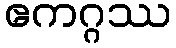
ဧကဂ္ဂဿ